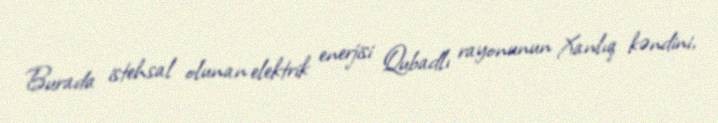
Burada istehsal olunan elektrik enerjisi Qubadlı rayonunun Xanlıq kəndini,